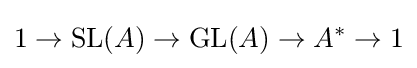
1\to \operatorname {SL} (A)\to \operatorname {GL} (A)\to A^{*}\to 1